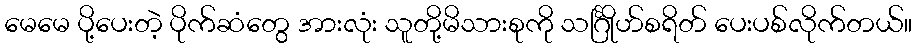
မေမေ ပို့ပေးတဲ့ ပိုက်ဆံတွေ အားလုံး သူတို့မိသားစုကို သင်္ဂြိုဟ်စရိတ် ပေးပစ်လိုက်တယ်။